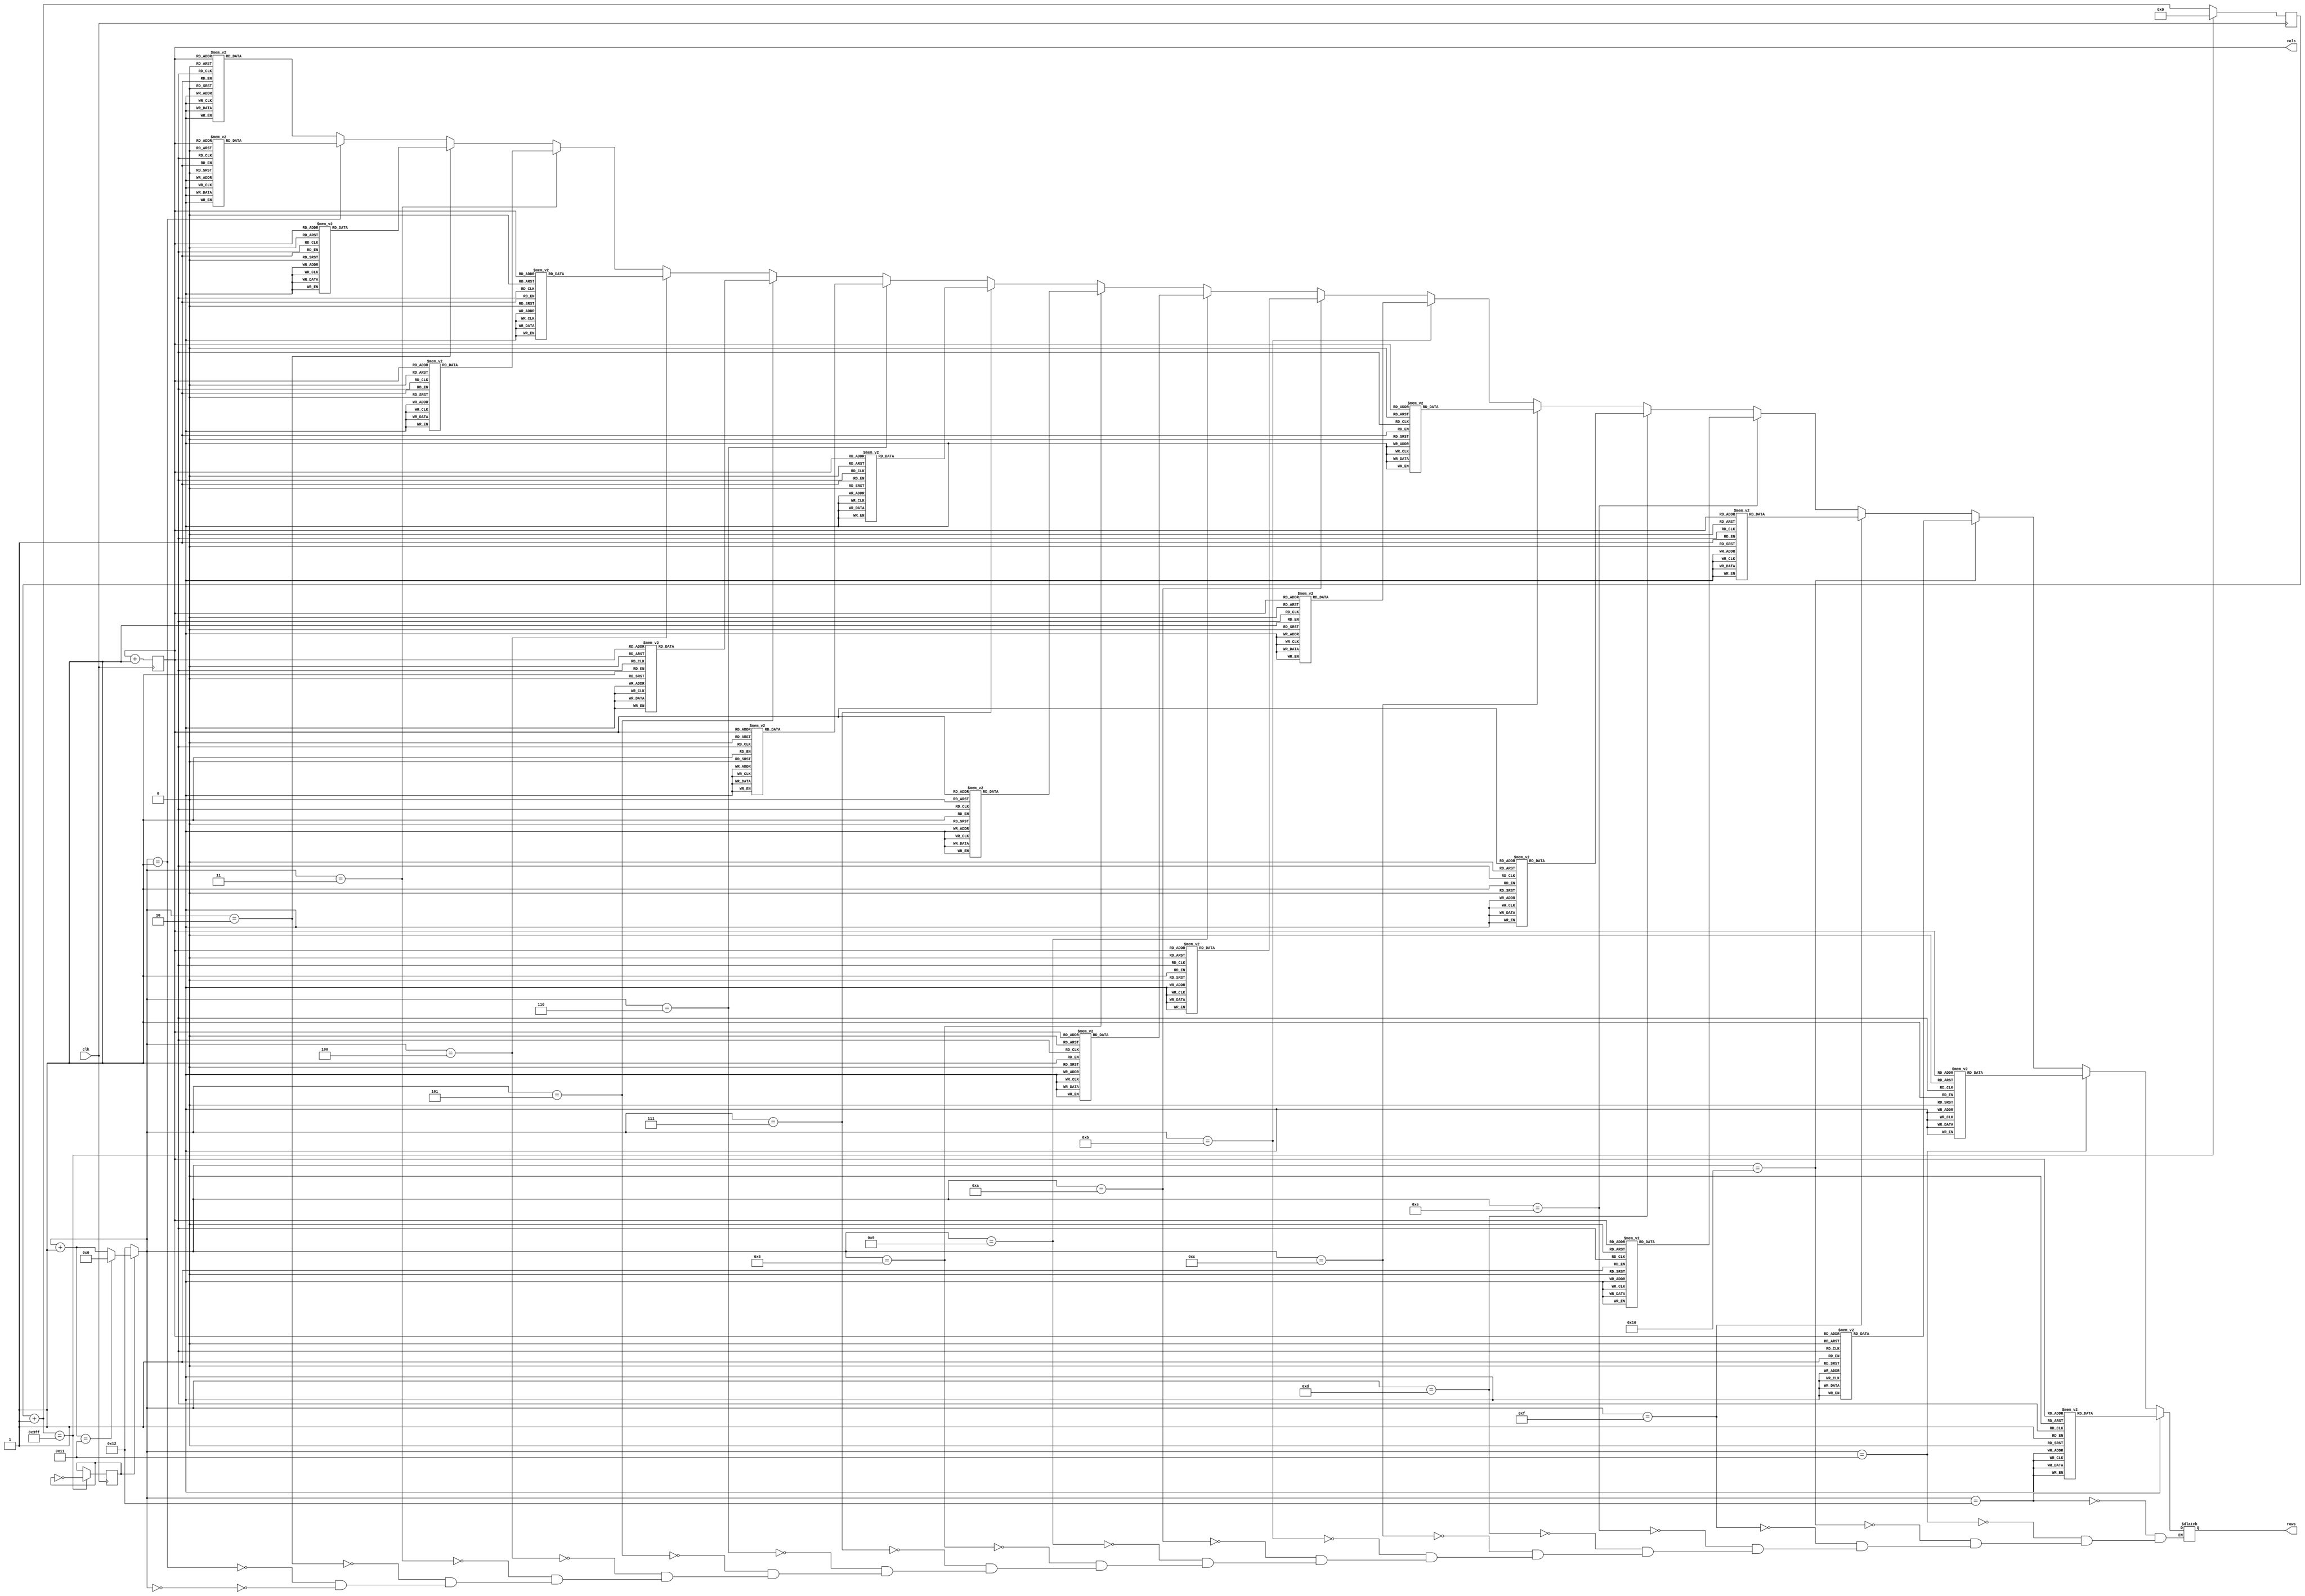
module SidewalkLight(clk,rows,cols);
input clk;
output reg [15:0] rows;
output reg [3:0] cols;

reg [4:0] state;
reg [9:0] cnt;
reg walk;

always @(posedge clk) begin
	 cnt=cnt+1;
	 cols=cols+1;
	 
	 if(cnt==10'b1111111111) begin
	     cnt=10'b0000000000;
		  walk=~walk;
	 end
	 
end

always @(cnt[5]) begin
   state=state+1;
	if(walk) begin
	     if(state==5'b10001) state=5'b00000;
	 end
	 else begin
	     state=5'b10010;
	 end
end

always @(cols) begin
    if(state==5'b00000) begin
	     case(cols)
		      0: rows=16'b0000000000000000;
				1: rows=16'b0000000000000000;
				2: rows=16'b0000000000000000;
				3: rows=16'b0010000010000100;
				4: rows=16'b0111000100000100;
				5: rows=16'b0111111100001000;
				6: rows=16'b0010111100010000;
				7: rows=16'b0000011111100000;
				8: rows=16'b0000010011000000;
				9: rows=16'b0000001000100000;
				10: rows=16'b0000000000010000;
				11: rows=16'b0000000000001000;
				12: rows=16'b0000000000000110;
				13: rows=16'b0000000000000000;
				14: rows=16'b0000000000000000;
				15: rows=16'b0000000000000000;
		  endcase
	 end
	 if(state==5'b0001) begin
	     case(cols)
		      0: rows=16'b0000000000000000;
				1: rows=16'b0000000000000000;
				2: rows=16'b0000000000000000;
				3: rows=16'b0010000010000110;
				4: rows=16'b0111000110000110;
				5: rows=16'b0111111100001010;
				6: rows=16'b0010111100011100;
				7: rows=16'b0000011111100000;
				8: rows=16'b0000010011000000;
				9: rows=16'b0000011000100000;
				10: rows=16'b0000001110010010;
				11: rows=16'b0000000100011010;
				12: rows=16'b0000000000001110;
				13: rows=16'b0000000000000000;
				14: rows=16'b0000000000000000;
				15: rows=16'b0000000000000000;
		  endcase
	 end
	 if(state==5'b00010) begin
	     case(cols)
		      0: rows=16'b0000000000000000;
				1: rows=16'b0000000000000000;
				2: rows=16'b0000000000000000;
				3: rows=16'b0010000000000010;
				4: rows=16'b0111000010000010;
				5: rows=16'b0111111100000010;
				6: rows=16'b0010111100011100;
				7: rows=16'b0000011111100000;
				8: rows=16'b0000010011000000;
				9: rows=16'b0000010000100000;
				10: rows=16'b0000001000010000;
				11: rows=16'b0000000100010010;
				12: rows=16'b0000000000001100;
				13: rows=16'b0000000000000000;
				14: rows=16'b0000000000000000;
				15: rows=16'b0000000000000000;
		  endcase
	 end
	 if(state==5'b00011) begin
	     case(cols)
		      0: rows=16'b0000000000000000;
				1: rows=16'b0000000000000000;
				2: rows=16'b0000000000000000;
				3: rows=16'b0010000000000000;
				4: rows=16'b0111000010000010;
				5: rows=16'b0111111100011010;
				6: rows=16'b0010111100100110;
				7: rows=16'b0000010111000000;
				8: rows=16'b0000010011000000;
				9: rows=16'b0000001000110100;
				10: rows=16'b0000000110010100;
				11: rows=16'b0000000000011000;
				12: rows=16'b0000000000000000;
				13: rows=16'b0000000000000000;
				14: rows=16'b0000000000000000;
				15: rows=16'b0000000000000000;
		  endcase
	 end
	 if(state==5'b00100) begin
	     case(cols)
		      0: rows=16'b0000000000000000;
				1: rows=16'b0000000000000000;
				2: rows=16'b0000000000000000;
				3: rows=16'b0010000000000000;
				4: rows=16'b0111000010000010;
				5: rows=16'b0111111100011111;
				6: rows=16'b0010111110100111;
				7: rows=16'b0000010111100000;
				8: rows=16'b0000011011110000;
				9: rows=16'b0000001110111100;
				10: rows=16'b0000000110011100;
				11: rows=16'b0000000000011110;
				12: rows=16'b0000000000000000;
				13: rows=16'b0000000000000000;
				14: rows=16'b0000000000000000;
				15: rows=16'b0000000000000000;
		  endcase
	 end
	 if(state==5'b00101) begin
	     case(cols)
		      0: rows=16'b0000000000000000;
				1: rows=16'b0000000000000000;
				2: rows=16'b0000000000000000;
				3: rows=16'b0010000000000000;
				4: rows=16'b0111000000000000;
				5: rows=16'b0111111000010101;
				6: rows=16'b0010111110100111;
				7: rows=16'b0000010111100000;
				8: rows=16'b0000001001110000;
				9: rows=16'b0000000110001000;
				10: rows=16'b0000000000001000;
				11: rows=16'b0000000000000110;
				12: rows=16'b0000000000000000;
				13: rows=16'b0000000000000000;
				14: rows=16'b0000000000000000;
				15: rows=16'b0000000000000000;
		  endcase
	 end
	 if(state==5'b00110) begin
	     case(cols)
		      0: rows=16'b0000000000000000;
				1: rows=16'b0000000000000000;
				2: rows=16'b0000000000000000;
				3: rows=16'b0010000000000000;
				4: rows=16'b0111000000011001;
				5: rows=16'b0111111010100101;
				6: rows=16'b0010111111100111;
				7: rows=16'b0000010111110000;
				8: rows=16'b0000001000001000;
				9: rows=16'b0000000000000110;
				10: rows=16'b0000000000000000;
				11: rows=16'b0000000000000000;
				12: rows=16'b0000000000000000;
				13: rows=16'b0000000000000000;
				14: rows=16'b0000000000000000;
				15: rows=16'b0000000000000000;
		  endcase
	 end
	 if(state==5'b00111) begin
	     case(cols)
		      0: rows=16'b0000000000000000;
				1: rows=16'b0000000000000000;
				2: rows=16'b0000000000000000;
				3: rows=16'b0010000000000000;
				4: rows=16'b0111000000000000;
				5: rows=16'b0111111000100000;
				6: rows=16'b0010111111000000;
				7: rows=16'b0000011111111010;
				8: rows=16'b0000000011101000;
				9: rows=16'b0000000000111110;
				10: rows=16'b0000000000000000;
				11: rows=16'b0000000000000000;
				12: rows=16'b0000000000000000;
				13: rows=16'b0000000000000000;
				14: rows=16'b0000000000000000;
				15: rows=16'b0000000000000000;
		  endcase
	 end
	 if(state==5'b01000) begin
	     case(cols)
		      0: rows=16'b0000000000000000;
				1: rows=16'b0000000000000000;
				2: rows=16'b0000000000000000;
				3: rows=16'b0010000000000000;
				4: rows=16'b0111000100000100;
				5: rows=16'b0111110100010100;
				6: rows=16'b0010111111101100;
				7: rows=16'b0000011111110000;
				8: rows=16'b0000011111111010;
				9: rows=16'b0000001100001001;
				10: rows=16'b0000000000000111;
				11: rows=16'b0000000000000001;
				12: rows=16'b0000000000000000;
				13: rows=16'b0000000000000000;
				14: rows=16'b0000000000000000;
				15: rows=16'b0000000000000000;
		  endcase
	 end
	 if(state==5'b01001) begin
	     case(cols)
		      0: rows=16'b0000000000000000;
				1: rows=16'b0000000000000000;
				2: rows=16'b0000000000000000;
				3: rows=16'b0010000000000000;
				4: rows=16'b0111000000000000;
				5: rows=16'b0111111000010101;
				6: rows=16'b0010111110100111;
				7: rows=16'b0000011111110000;
				8: rows=16'b0000011111111010;
				9: rows=16'b0000001100001001;
				10: rows=16'b0000000000000111;
				11: rows=16'b0000000000000001;
				12: rows=16'b0000000000000000;
				13: rows=16'b0000000000000000;
				14: rows=16'b0000000000000000;
				15: rows=16'b0000000000000000;
		  endcase
	 end
	 if(state==5'b01010) begin
	     case(cols)
		      0: rows=16'b0000000000000000;
				1: rows=16'b0000000000000000;
				2: rows=16'b0000000000000000;
				3: rows=16'b0010000000000001;
				4: rows=16'b0111000010000001;
				5: rows=16'b0111111100000001;
				6: rows=16'b0010111100011110;
				7: rows=16'b0000011111100000;
				8: rows=16'b0000010011000000;
				9: rows=16'b0000010000100000;
				10: rows=16'b0000001000010000;
				11: rows=16'b0000000100010010;
				12: rows=16'b0000000000001100;
				13: rows=16'b0000000000000000;
				14: rows=16'b0000000000000000;
				15: rows=16'b0000000000000000;
		  endcase
	 end
	 if(state==5'b01011) begin
	     case(cols)
		      0: rows=16'b0000000000000000;
				1: rows=16'b0000000000000000;
				2: rows=16'b0000000000000000;
				3: rows=16'b0010000000000000;
				4: rows=16'b0111000010000010;
				5: rows=16'b0111111100011010;
				6: rows=16'b0010111100100110;
				7: rows=16'b0000010111000000;
				8: rows=16'b0000010011000000;
				9: rows=16'b0000001000110100;
				10: rows=16'b0000000110010100;
				11: rows=16'b0000000000011000;
				12: rows=16'b0000000000000000;
				13: rows=16'b0000000000000000;
				14: rows=16'b0000000000000000;
				15: rows=16'b0000000000000000;
		  endcase
	 end
	 if(state==5'b01100) begin
	     case(cols)
		      0: rows=16'b0000000000000000;
				1: rows=16'b0000000000000000;
				2: rows=16'b0000000000000000;
				3: rows=16'b0010000000000000;
				4: rows=16'b0111111000011101;
				5: rows=16'b0111111110100111;
				6: rows=16'b0010111111100111;
				7: rows=16'b0000011111110000;
				8: rows=16'b0000001110001000;
				9: rows=16'b0000000000001110;
				10: rows=16'b0000000000000110;
				11: rows=16'b0000000000000000;
				12: rows=16'b0000000000000000;
				13: rows=16'b0000000000000000;
				14: rows=16'b0000000000000000;
				15: rows=16'b0000000000000000;
		  endcase
	 end
	 if(state==5'b01101) begin
	     case(cols)
		      0: rows=16'b0000000000000000;
				1: rows=16'b0000000000000000;
				2: rows=16'b0000000000000000;
				3: rows=16'b0010000000000000;
				4: rows=16'b0111000000011001;
				5: rows=16'b0111111010100101;
				6: rows=16'b0010111111100111;
				7: rows=16'b0000010111110000;
				8: rows=16'b0000001000001000;
				9: rows=16'b0000000000000110;
				10: rows=16'b0000000000000000;
				11: rows=16'b0000000000000000;
				12: rows=16'b0000000000000000;
				13: rows=16'b0000000000000000;
				14: rows=16'b0000000000000000;
				15: rows=16'b0000000000000000;
		  endcase
	 end
	 if(state==5'b01110) begin
	     case(cols)
		      0: rows=16'b0000000000000000;
				1: rows=16'b0000000000000000;
				2: rows=16'b0000000000000000;
				3: rows=16'b0010000000000000;
				4: rows=16'b0111000000000000;
				5: rows=16'b0111111000100000;
				6: rows=16'b0010111111000000;
				7: rows=16'b0000011111111010;
				8: rows=16'b0000000011101000;
				9: rows=16'b0000000000111110;
				10: rows=16'b0000000000000000;
				11: rows=16'b0000000000000000;
				12: rows=16'b0000000000000000;
				13: rows=16'b0000000000000000;
				14: rows=16'b0000000000000000;
				15: rows=16'b0000000000000000;
		  endcase
	 end
	 if(state==5'b01111) begin
	     case(cols)
		      0: rows=16'b0000000000000000;
				1: rows=16'b0000000000000000;
				2: rows=16'b0000000000000000;
				3: rows=16'b0010000000000000;
				4: rows=16'b0111000100000100;
				5: rows=16'b0111110100010100;
				6: rows=16'b0010111111101100;
				7: rows=16'b0000011111110000;
				8: rows=16'b0000011111111010;
				9: rows=16'b0000001100001001;
				10: rows=16'b0000000000000111;
				11: rows=16'b0000000000000001;
				12: rows=16'b0000000000000000;
				13: rows=16'b0000000000000000;
				14: rows=16'b0000000000000000;
				15: rows=16'b0000000000000000;
		  endcase
	 end
	 if(state==5'b10000) begin
	     case(cols)
		      0: rows=16'b0000000000000000;
				1: rows=16'b0000000000000000;
				2: rows=16'b0000000000000000;
				3: rows=16'b0010000010000100;
				4: rows=16'b0111000100000100;
				5: rows=16'b0111111100011100;
				6: rows=16'b0010111111111100;
				7: rows=16'b0000011111110000;
				8: rows=16'b0000011111111010;
				9: rows=16'b0000001100101001;
				10: rows=16'b0000000110010111;
				11: rows=16'b0000000000001001;
				12: rows=16'b0000000000000110;
				13: rows=16'b0000000000000000;
				14: rows=16'b0000000000000000;
				15: rows=16'b0000000000000000;
		  endcase
	 end
	 if(state==5'b10001) begin
	     case(cols)
		      0: rows=16'b0000000000000000;
				1: rows=16'b0000000000000000;
				2: rows=16'b0000000000000000;
				3: rows=16'b0010000010000100;
				4: rows=16'b0111000100000100;
				5: rows=16'b0111111100001000;
				6: rows=16'b0010111100010000;
				7: rows=16'b0000011111100000;
				8: rows=16'b0000011111100000;
				9: rows=16'b0000001000100000;
				10: rows=16'b0000000110010000;
				11: rows=16'b0000000000001000;
				12: rows=16'b0000000000000110;
				13: rows=16'b0000000000000000;
				14: rows=16'b0000000000000000;
				15: rows=16'b0000000000000000;
		  endcase
	 end
	 if(state==5'b10010) begin
	     case(cols)
		      0: rows=16'b0000000000000000;
				1: rows=16'b0000000000000000;
				2: rows=16'b0000000000000000;
				3: rows=16'b0000000000000000;
				4: rows=16'b0000001111110011;
				5: rows=16'b0000011111100011;
				6: rows=16'b0000111100011111;
				7: rows=16'b0111111111111111;
				8: rows=16'b0111111111110000;
				9: rows=16'b0111111111111111;
				10: rows=16'b0000111100011111;
				11: rows=16'b0000011111100011;
				12: rows=16'b0000001111110011;
				13: rows=16'b0000000000000000;
				14: rows=16'b0000000000000000;
				15: rows=16'b0000000000000000;
		  endcase
	 end
end

endmodule